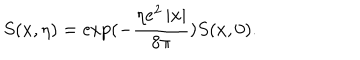
S ( x , \eta ) = \exp ( - \frac { \eta e ^ { 2 } \left| x \right| } { 8 \pi } ) S ( x , 0 ) .